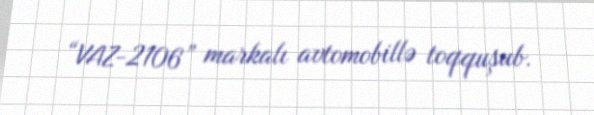
“VAZ-2106” markalı avtomobillə toqquşub.